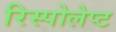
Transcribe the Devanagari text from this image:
रिस्पोलेप्ट